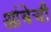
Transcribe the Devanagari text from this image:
आंबेची